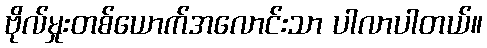
ဗိုလ်မှုးတစ်ယောက်အလောင်းသာ ပါလာပါတယ်။